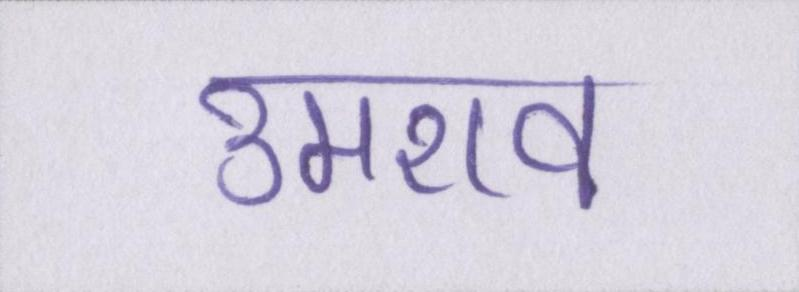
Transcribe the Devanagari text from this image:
उमराव